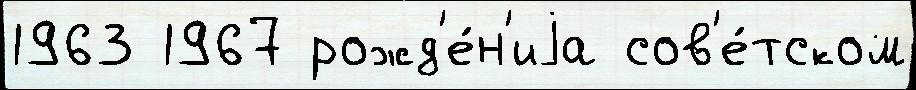
1963 1967 рожд'е́н'иjа сов'е́тском